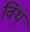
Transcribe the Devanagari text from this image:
विथ्